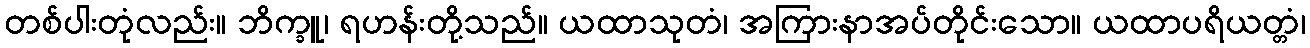
တစ်ပါးတုံလည်း။ ဘိက္ခူ၊ ရဟန်းတို့သည်။ ယထာသုတံ၊ အကြားနာအပ်တိုင်းသော။ ယထာပရိယတ္တံ၊